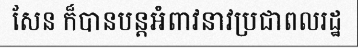
សែន ក៏បានបន្តអំពាវនាវប្រជាពលរដ្ឋ